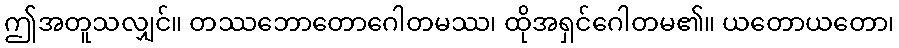
ဤအတူသလျှင်။ တဿဘောတောဂေါတမဿ၊ ထိုအရှင်ဂေါတမ၏။ ယတောယတော၊